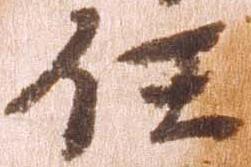
任